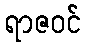
ရာဇဝင်